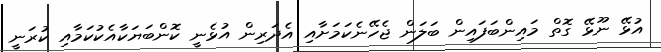
އުޅޭ ނޫޅޭ ގޮތް މައިންބަފައިން ބަލަން ޖެހޭނެކަމަށާއި އެދަރިން އުޅެނީ ކޮންބަޔަކާއެކުކަމާއި ކުރަނީ